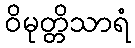
ဝိမုတ္တိသာရံ